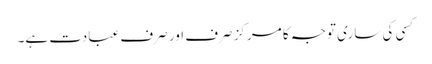
کسی کی ساری توجہ کا مرکز صرف اور صرف عبادت ہے۔